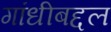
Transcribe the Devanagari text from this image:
गांधीबद्दल